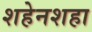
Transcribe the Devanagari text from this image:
शहेनशहा